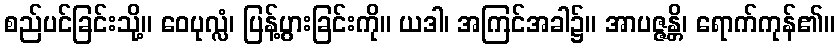
စည်ပင်ခြင်းသို့။ ဝေပုလ္လံ၊ ပြန့်ပွားခြင်းကို။ ယဒါ၊ အကြင်အခါ၌။ အာပဇ္ဇန္တိ၊ ရောက်ကုန်၏။